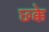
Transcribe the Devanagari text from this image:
छ्क्के